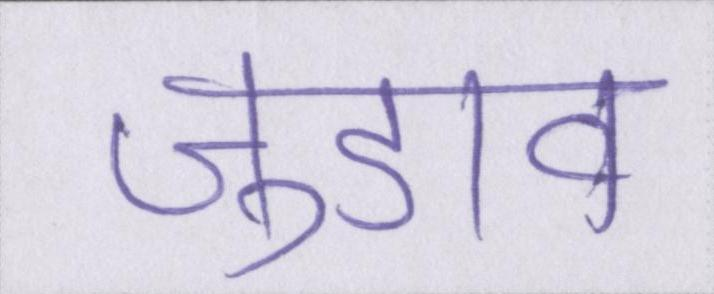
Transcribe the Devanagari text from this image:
जुडाव